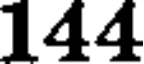
144